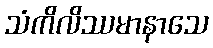
သံကိလိဿမာနာသေ